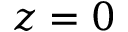
z = 0